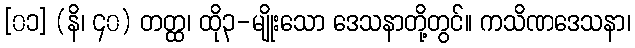
[၀၁] (နိ၊ ၄၀) တတ္ထ၊ ထို၃-မျိုးသော ဒေသနာတို့တွင်။ ကသိဏဒေသနာ၊